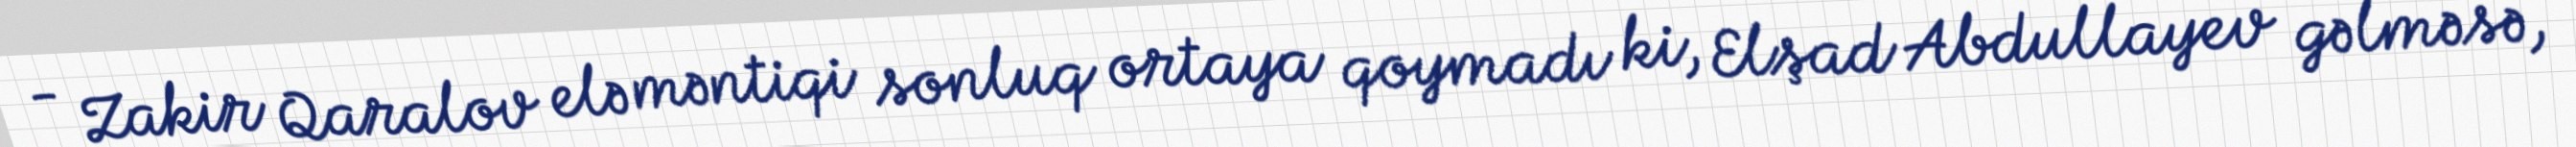
- Zakir Qaralov elə məntiqi sonluq ortaya qoymadı ki, Elşad Abdullayev gəlməsə,